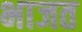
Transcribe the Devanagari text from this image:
भाजत